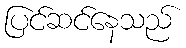
ပြင်ဆင်နေသည်